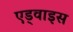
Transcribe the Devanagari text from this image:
एड्वाइस